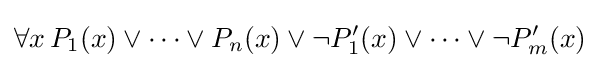
\forall x\,P_{1}(x)\lor \cdots \lor P_{n}(x)\lor \neg P'_{1}(x)\lor \cdots \lor \neg P'_{m}(x)